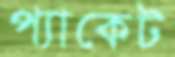
প্যাকেট